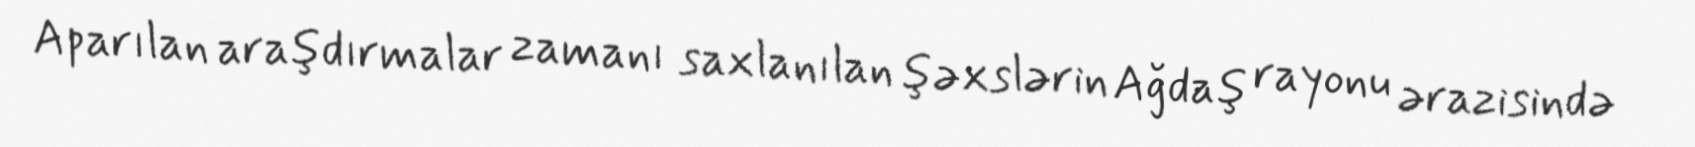
Aparılan araşdırmalar zamanı saxlanılan şəxslərin Ağdaş rayonu ərazisində